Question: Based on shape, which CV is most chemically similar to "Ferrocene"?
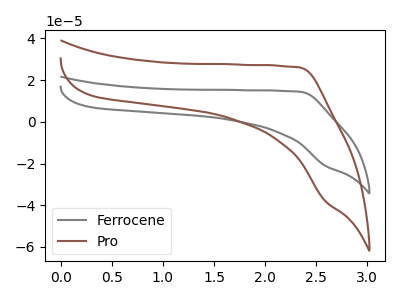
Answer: <think>The gray curve "Ferrocene" has no peaks. The brown curve "Pro" has no peaks.
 Neither "Ferrocene" or "Pro" have any peaks.</think>
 <answer>The CV with the most similar shape to "Pro" is "Ferrocene".</answer>
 <eval>"Ferrocene"</eval>